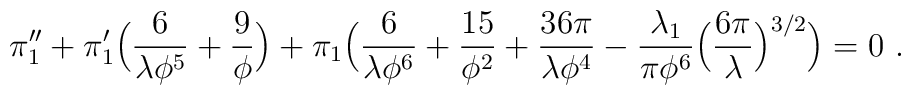
\pi_1'' + \pi_1'\Bigl({6\over\lambda\phi^5} +{9\over\phi}\Bigr) + \pi_1 \Bigl({6\over\lambda\phi^6} +{15\over\phi^2} +{36\pi\over\lambda\phi^4} -{\lambda_1\over \pi \phi^6}\Bigl({6\pi\over\lambda}\Bigr)^{3/2}\Bigr) = 0\ .